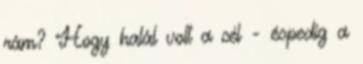
rám? Hogy halál volt a cél - éspedig a